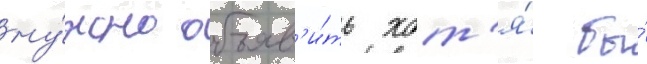
ну́жно объяв'и́ть хот'я́ бы́